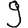
Digit: 9